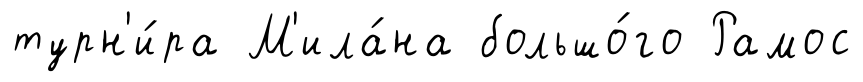
турн'и́ра М'ила́на большо́го Рамос